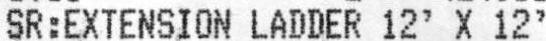
SR:EXTENSION LADDER 12' X 12'